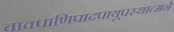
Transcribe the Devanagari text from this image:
वाक्पाणिपादपायूपस्थात्मने